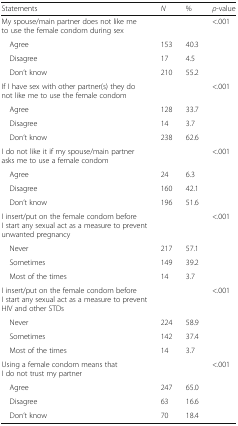
| Statements | N | % | ρ-value |
 | --- | --- | --- | --- |
 | My spouse/main partner does not like me to use the female condom during sex |  |  | <ROWSPAN=4> <.001 |
 | Agree | 153 | 40.3 |
 | Disagree | 17 | 4.5 |
 | Don’t know | 210 | 55.2 |
 | If I have sex with other partner(s) they do not like me to use the female condom |  |  | <ROWSPAN=4> <.001 |
 | Agree | 128 | 33.7 |
 | Disagree | 14 | 3.7 |
 | Don’t know | 238 | 62.6 |
 | I do not like it if my spouse/main partner asks me to use a female condom |  |  | <ROWSPAN=4> <.001 |
 | Agree | 24 | 6.3 |
 | Disagree | 160 | 42.1 |
 | Don’t know | 196 | 51.6 |
 | I insert/put on the female condom before I start any sexual act as a measure to prevent unwanted pregnancy |  |  | <ROWSPAN=4> <.001 |
 | Never | 217 | 57.1 |
 | Sometimes | 149 | 39.2 |
 | Most of the times | 14 | 3.7 |
 | I insert/put on the female condom before I start any sexual act as a measure to prevent HIV and other STDs |  |  | <ROWSPAN=4> <.001 |
 | Never | 224 | 58.9 |
 | Sometimes | 142 | 37.4 |
 | Most of the times | 14 | 3.7 |
 | Using a female condom means that I do not trust my partner |  |  | <ROWSPAN=4> <.001 |
 | Agree | 247 | 65.0 |
 | Disagree | 63 | 16.6 |
 | Don’t know | 70 | 18.4 |